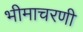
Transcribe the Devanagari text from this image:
भीमाचरणी